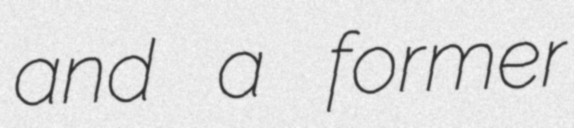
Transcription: and a former